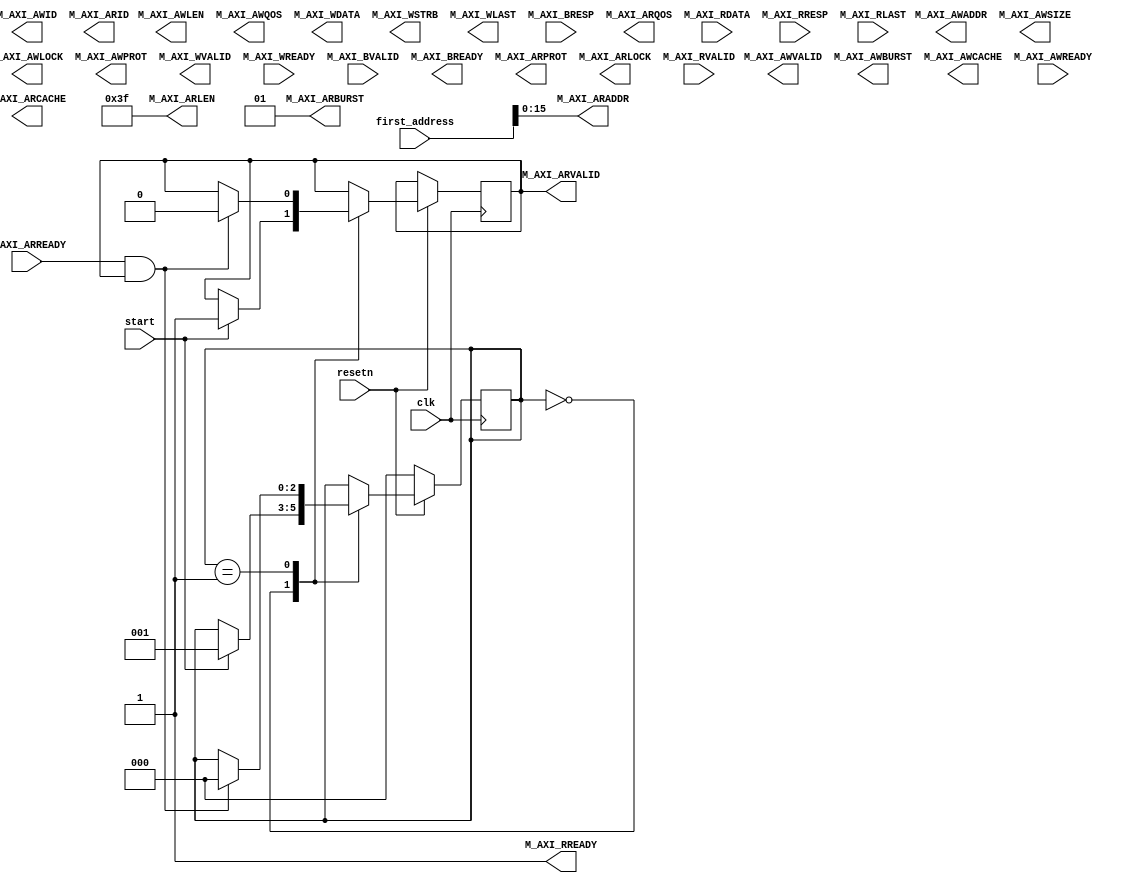
module ram_reader #
(

    parameter DW = 512,
    parameter AW = 16,
    parameter FIRST_DATA = 32'h8000_0000

)
(
    input   clk, resetn,

    input        start,
    input[31:0]  first_address,

    //=================  This is the main AXI4-master interface  ================

    // "Specify write address"              -- Master --    -- Slave --
    output reg [AW-1:0]                     M_AXI_AWADDR,
    output reg                              M_AXI_AWVALID,
    output     [7:0]                        M_AXI_AWLEN,
    output     [2:0]                        M_AXI_AWSIZE,
    output     [3:0]                        M_AXI_AWID,
    output     [1:0]                        M_AXI_AWBURST,
    output                                  M_AXI_AWLOCK,
    output     [3:0]                        M_AXI_AWCACHE,
    output     [3:0]                        M_AXI_AWQOS,
    output     [2:0]                        M_AXI_AWPROT,

    input                                                   M_AXI_AWREADY,

    // "Write Data"                         -- Master --    -- Slave --
    output reg [DW-1:0]                     M_AXI_WDATA,
    output     [(DW/8)-1:0]                 M_AXI_WSTRB,
    output reg                              M_AXI_WVALID,
    output                                  M_AXI_WLAST,
    input                                                   M_AXI_WREADY,

    // "Send Write Response"                -- Master --    -- Slave --
    input[1:0]                                              M_AXI_BRESP,
    input                                                   M_AXI_BVALID,
    output                                  M_AXI_BREADY,

    // "Specify read address"               -- Master --    -- Slave --
    output     [AW-1:0]                     M_AXI_ARADDR,
    output reg                              M_AXI_ARVALID,
    output     [2:0]                        M_AXI_ARPROT,
    output                                  M_AXI_ARLOCK,
    output     [3:0]                        M_AXI_ARID,
    output     [7:0]                        M_AXI_ARLEN,
    output     [1:0]                        M_AXI_ARBURST,
    output     [3:0]                        M_AXI_ARCACHE,
    output     [3:0]                        M_AXI_ARQOS,
    input                                                   M_AXI_ARREADY,

    // "Read data back to master"           -- Master --    -- Slave --
    input[DW-1:0]                                           M_AXI_RDATA,
    input                                                   M_AXI_RVALID,
    input[1:0]                                              M_AXI_RRESP,
    input                                                   M_AXI_RLAST,
    output                                  M_AXI_RREADY
    //==========================================================================
);

assign M_AXI_RREADY  = 1;
assign M_AXI_ARLEN   = 63;
assign M_AXI_ARSIZE  = $clog2(DW/8);
assign M_AXI_ARBURST = 1;
assign M_AXI_ARADDR  = first_address;

reg[2:0] fsm_state;

always @(posedge clk) begin

    if (resetn == 0) begin
        fsm_state <= 0;
    end else case (fsm_state)

        0:  if (start) begin
                M_AXI_ARVALID <= 1;
                fsm_state     <= 1;
            end

        1:  if (M_AXI_ARREADY & M_AXI_ARVALID) begin
                M_AXI_ARVALID <= 0;
                fsm_state     <= 0;
            end

    endcase
end


endmodule